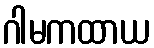
ဂါမကထာယ